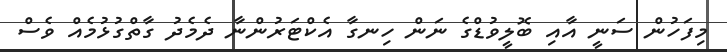
މިފަހުން ސަނީ އާއި ބޮލީވުޑްގެ ނަން ހިނގާ އެކްޓަރުންނާ ދެމެދު ގާތްގުޅުމެއް ވެސް